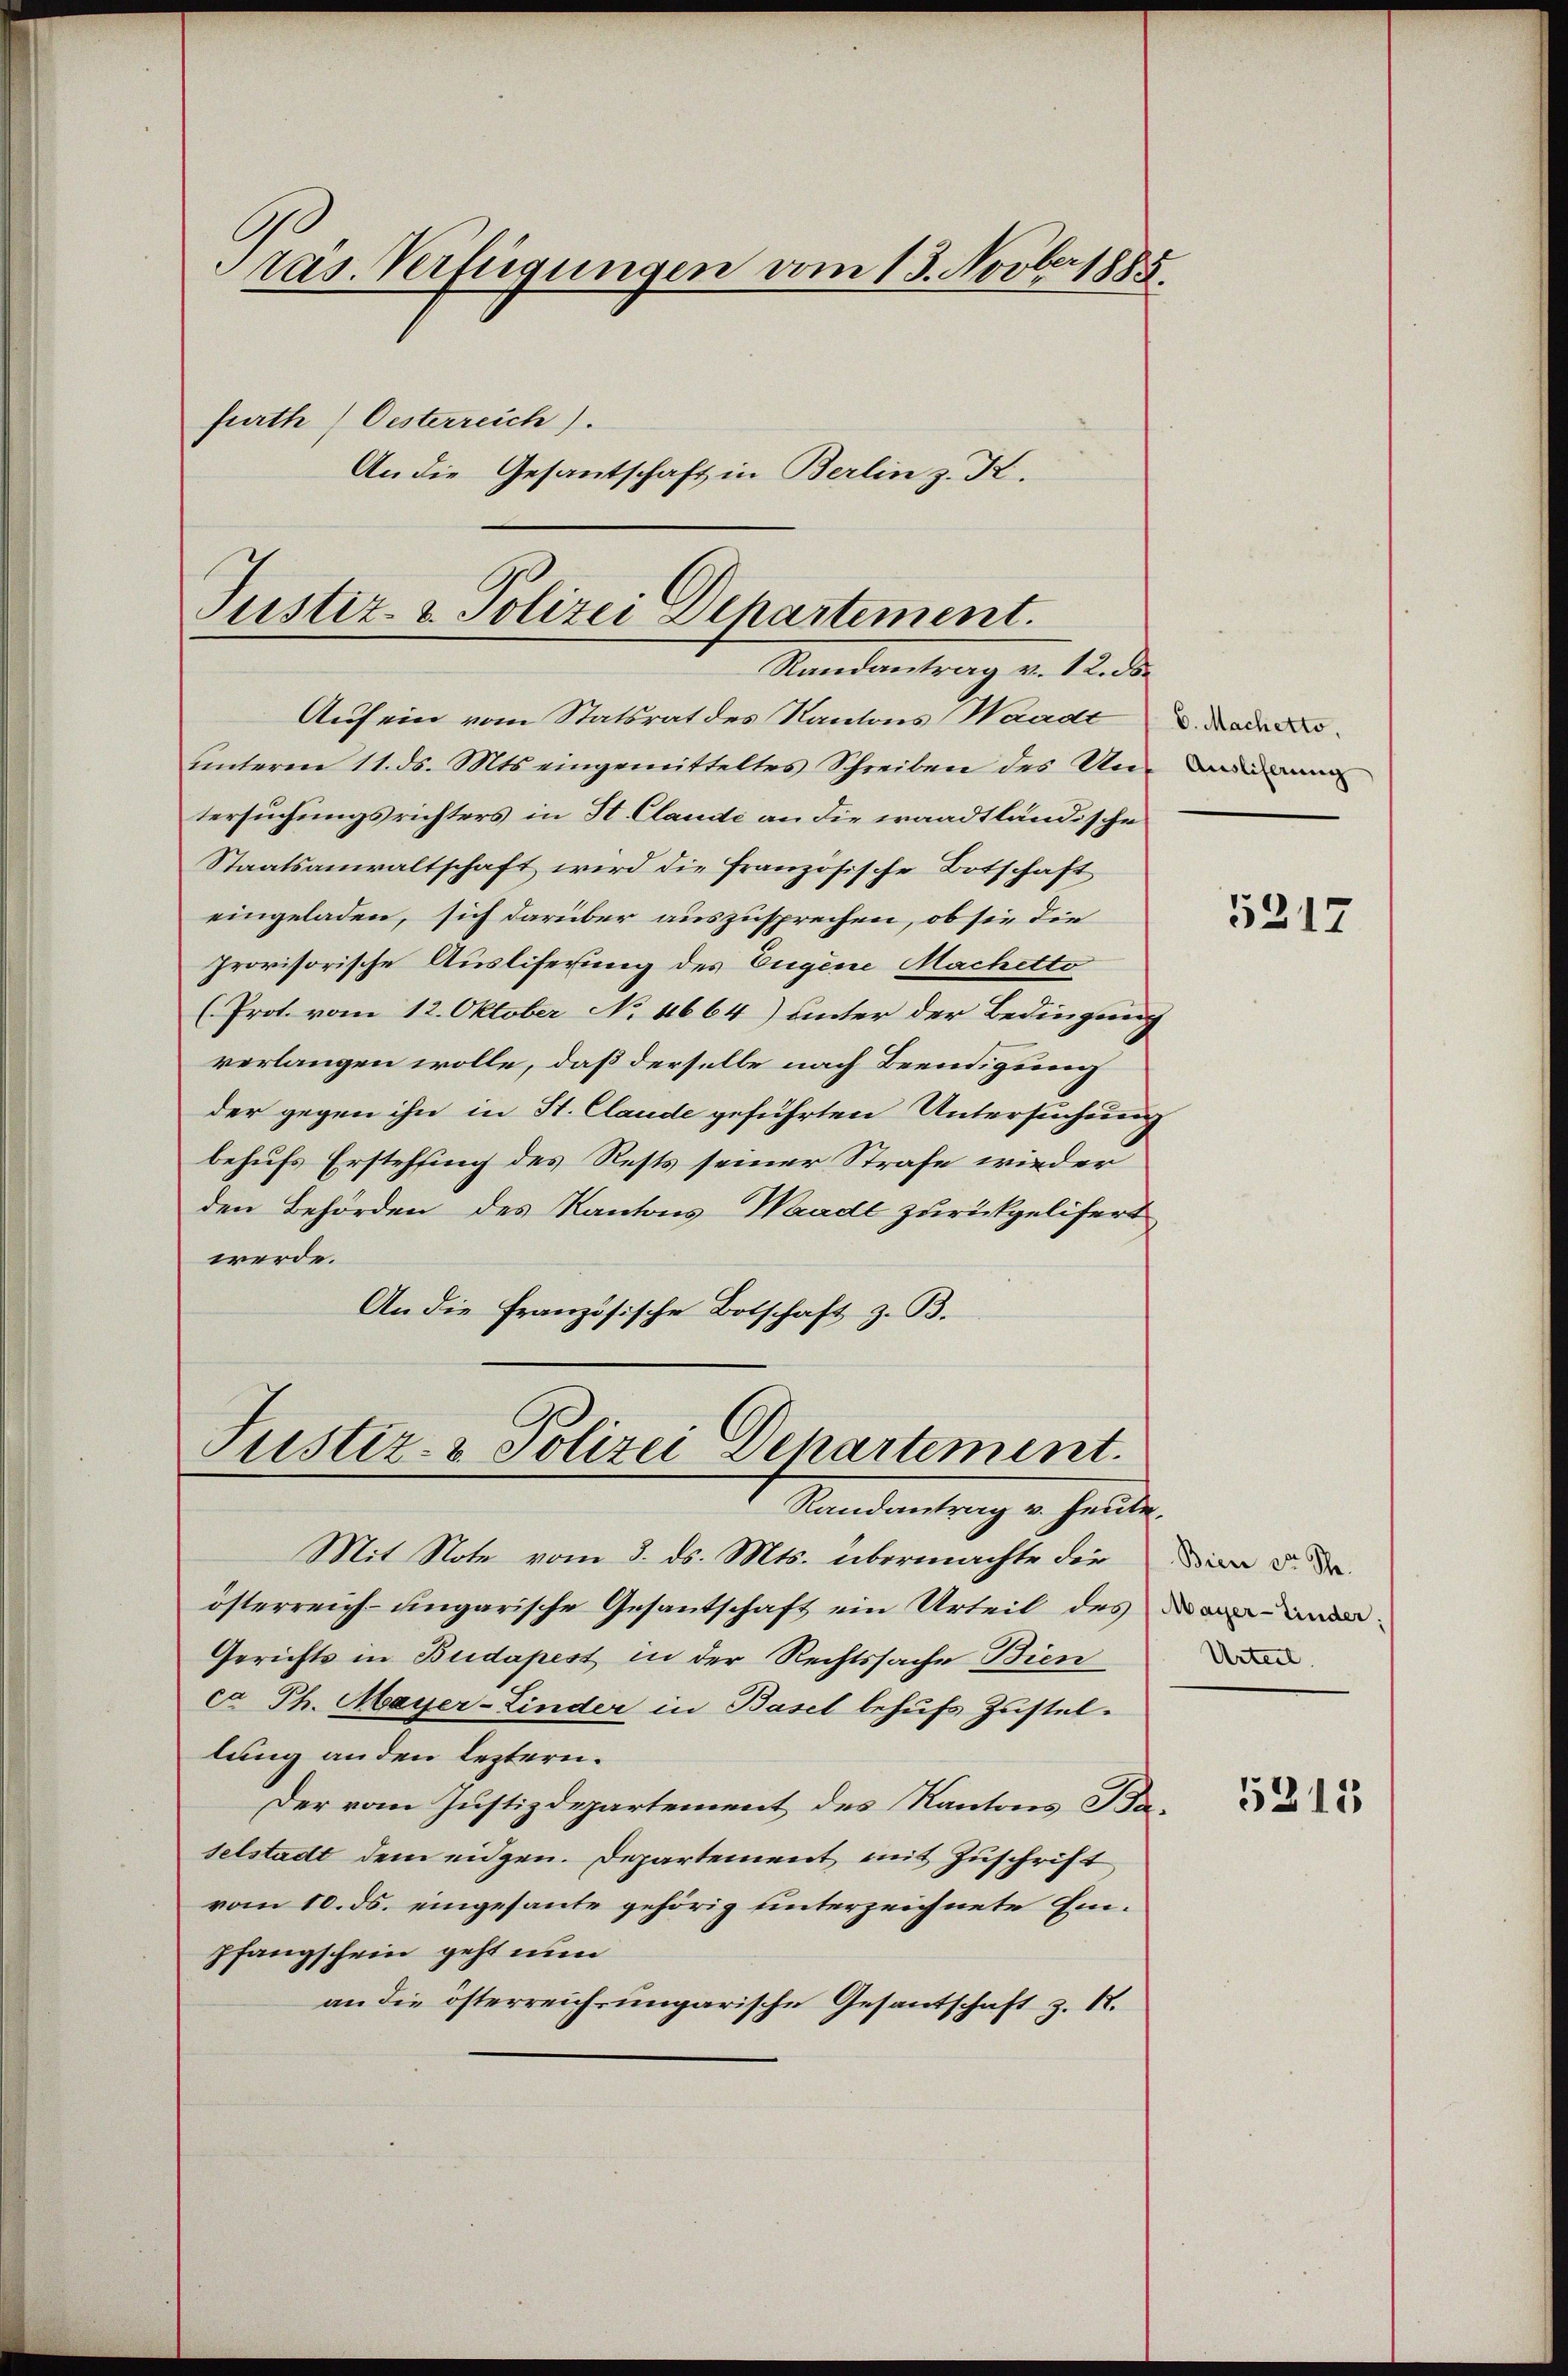
A
ras. Verfügungen vom 13. Nov. 1885.
fürth Oesterreich).
An die Gesantschaft in Berlin z. K.

Justiz- & Polizei Departement.
Mandantrag v. 12. de

Auf ein vom Statsrat des Kantons Waadt
unterm 11. ds. Mts. eingemitteltes Schreiben des Unann
tersuchungsrichters in St. Claude an die waadtländische
Staatsanwaltschaft wird die französische Botschaft
eingeladen, sich darüber auszusprechen, ob sie die
provisorische Ausliferung des Eugene Machetto
(Prot. vom 12. Oktober No 11664) unter der Bedingung
verlangen wolle, daß derselbe nach Beendigung
der gegen ihn in St. Claude geführten Untersuchung
behufs Erstehung des Rests seiner Strafe wieden
den Behörden des Kantons Waadt zurückgelifert
werde.
An die Französische Botschaft z. B.

Justiz- & Polizei Departement.
Randantrag v. heute.

Mit Note vom 3. ds. Mts. übermachte die
österreich- ungarische Gesantschaft ein Urteil des
Gerichts in Budapest in der Rechtssache Bien
ca Ph. Mayer-Linder in Basel behufs Zustellung an den leztern.
Der vom Justizdepartement des Kantons Baselstadt dem eidgen. Departement mit Zuschrift
vom 10. ds. eingesante gehörig unterzeichnete Einpfangschein geht nun
an die österreich-ungarische Gesantschaft z. R.

5217

Bien der The
Urteil.

5215